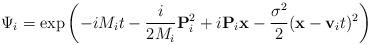
LaTeX: \begin{align*}\Psi_i = \exp \left( -iM_i t - \frac{i}{2M_i}{\bf P}_i^2 + i {\bf P}_i {\bf x} - \frac{\sigma^2}{2} ({\bf x} - {\bf v}_i t)^2 \right)\end{align*}